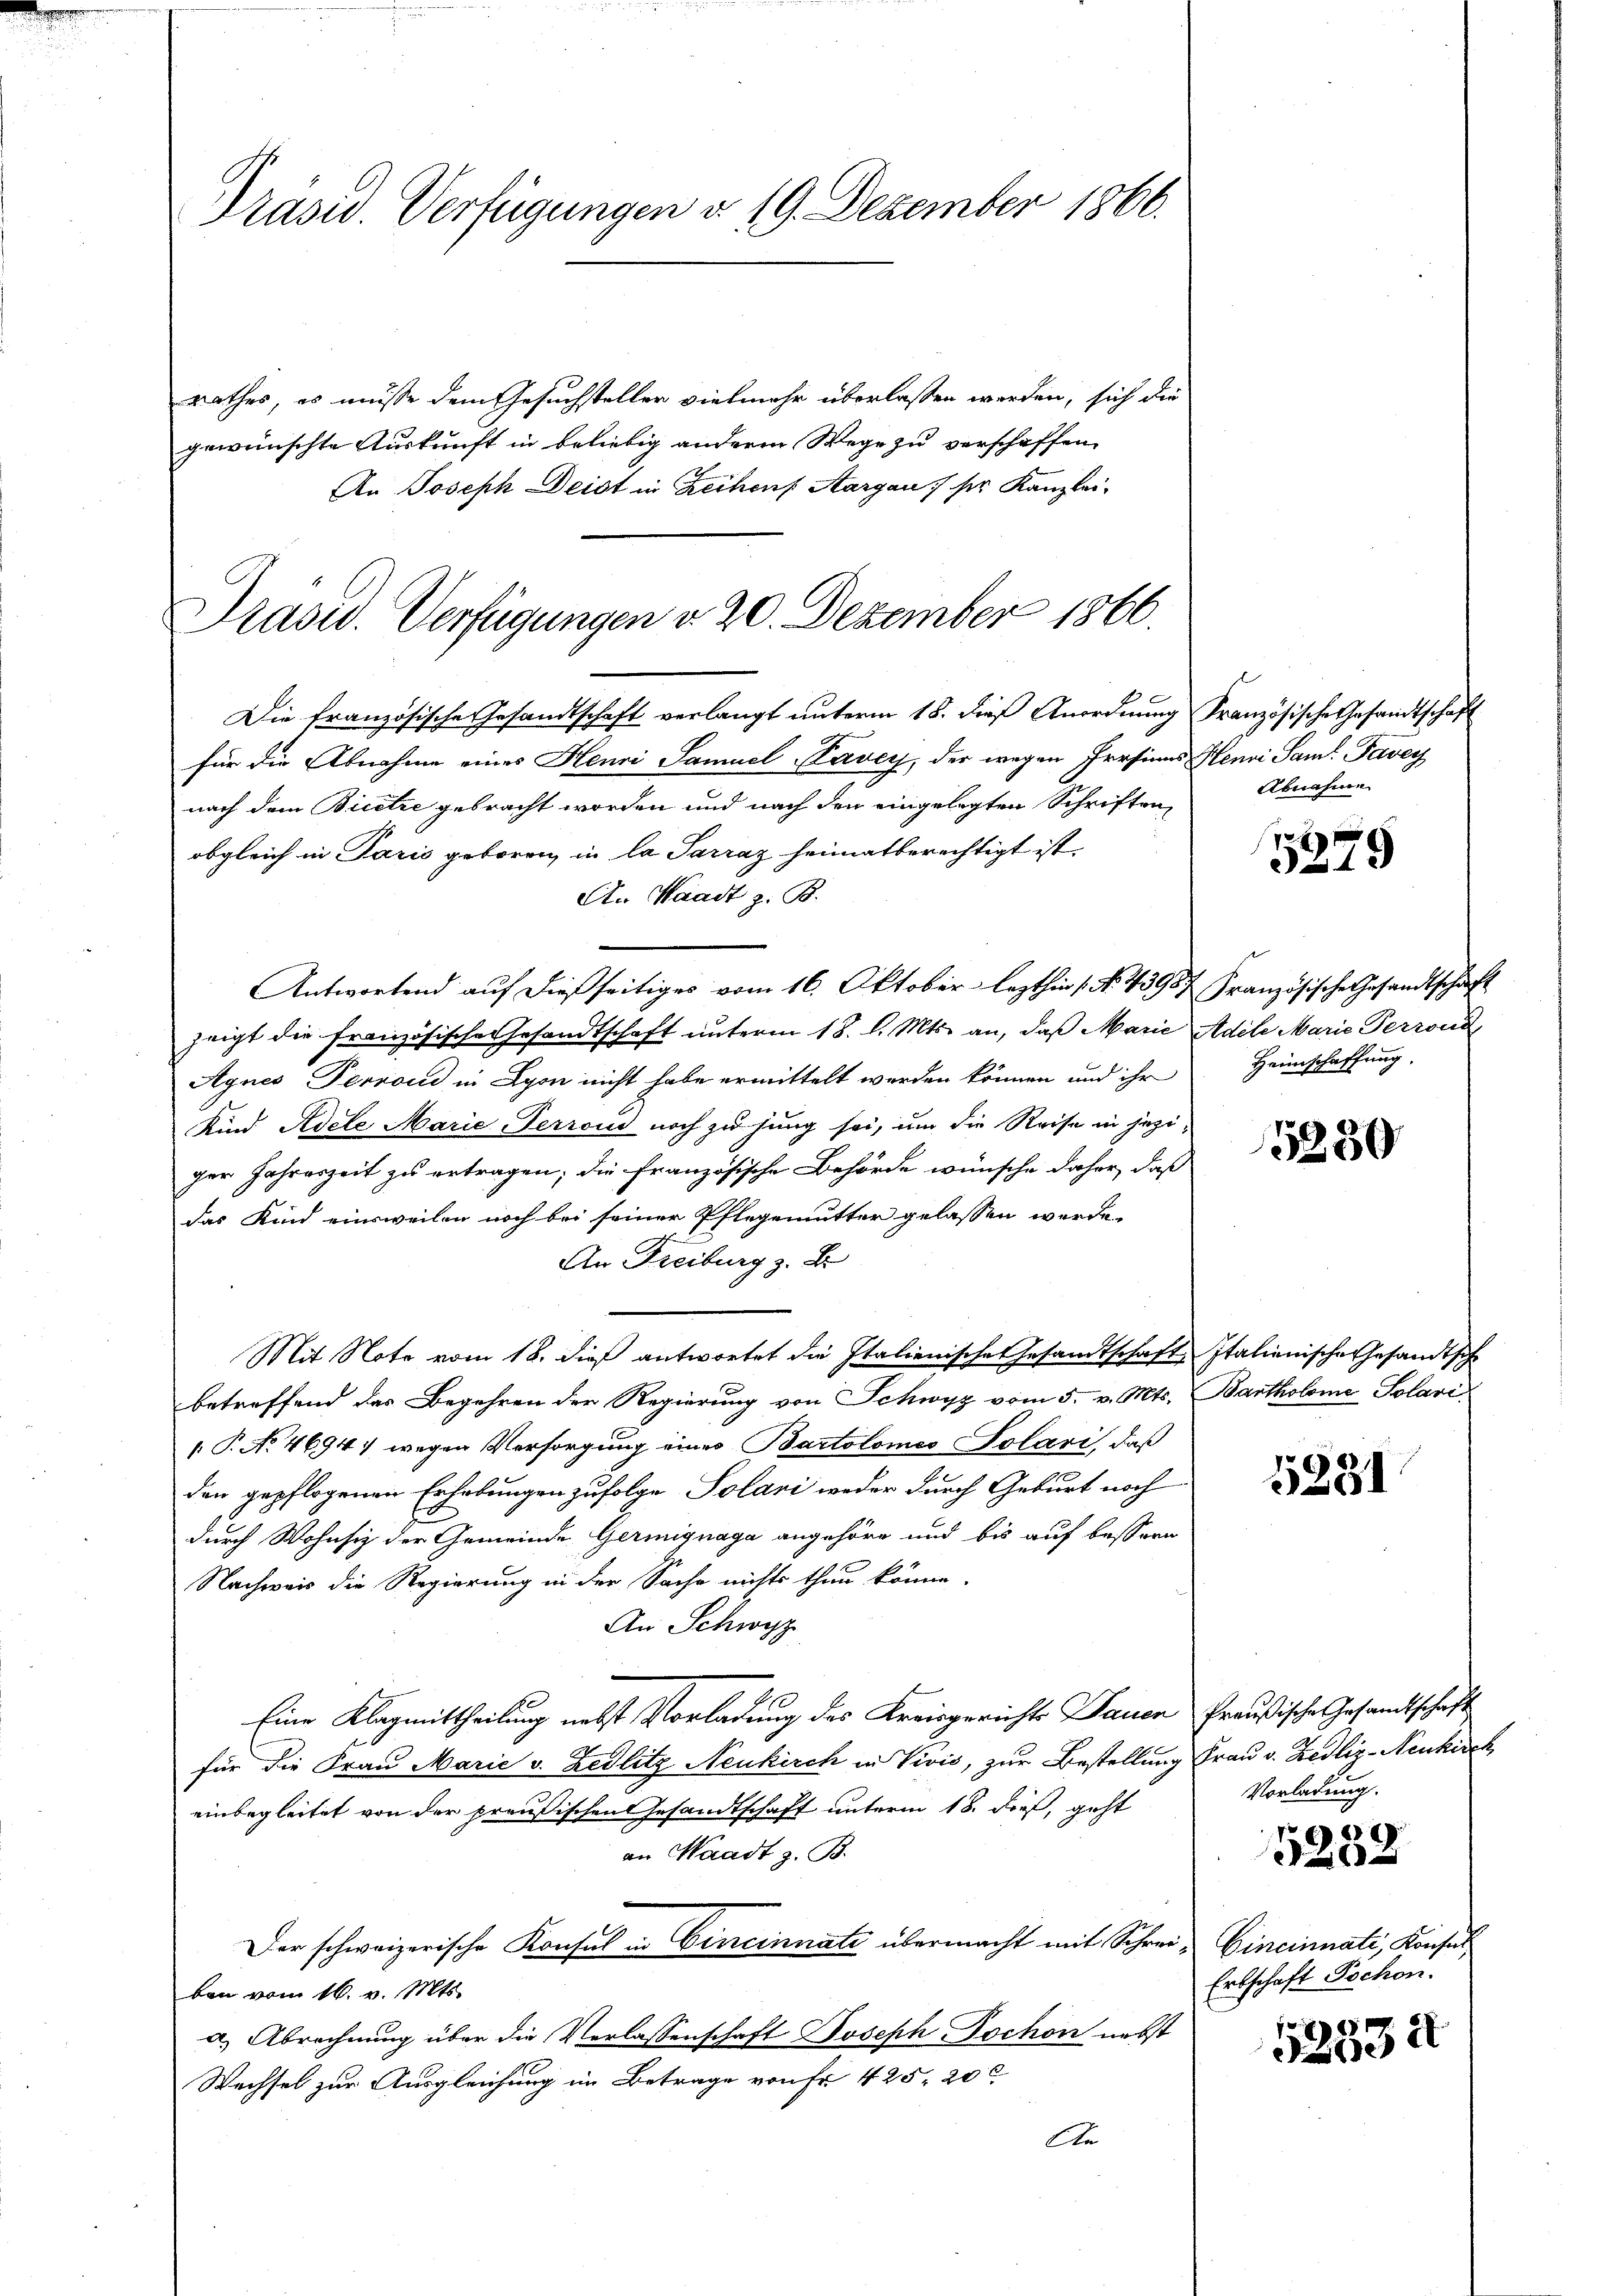
Präsid. Verfügungen d. 19. Dezember 1860.

rathes, es müsse dem Gesuchsteller vielmehr überlassen werden, sich die
gewünschte Auskunft in beliebig anderm Wege zu verschaffen,
An Joseph Deist in Reihens Aargau ser Kanzlei-

Präsid. Verfügungen v. 20. Dezember 1866.

Die französische Gesandtschaft verlangt unterm 18. dieß Anordnung Französische Gesandtschaft
für die Abnahme eines Henri Samuel Lavey, der wegen Persinns Henri Sam. Pavey
nach dem Bietze gebracht worden und nach den eingelegten Schriftenobgleich in Paris geboren, in la Parraz heimatberechtigt ist.
An Waadt z. B.
Antwortend auf dießseitiges vom 16. Oktober lezthin 1. No. 43957 Französische Gesandtschaft
zeigt die französische Gesandtschaft unterm 18. d. Mts. an, daß Marie Adele Marie Perrond
Agnes Terrond in Lyon nicht habe ermittelt werden können und ihr
Kind Adete Marie-Perroud noch zu jung sei, um die Reise in jeziger Jahreszeit zu ertragen; die französische Behörde wünsche daher, daß
das Kind einsweilen noch bei seiner Pflegemutter gelassen werde.
An Freiburg z. B.
Mit Note vom 18. dieß antwortet die Italienische Gesandtschaft, Italienische Gesandtsch
betreffend das Begehren der Regierung von Schwyz vom 5. v. Mts. Bartholome Solari
[P. No. 4694) wegen Versorgung eines Bartolomeo Solari, daß
den gepflogenen Erholungen zufolge Solani weder durch Geburt noch
durch Wohnsiz der Gemeinde Germignaga angehöre und bis auf bessern
Nachweis die Regierung in der Sache nichts thun könne.
An Schwyz
Eine Klagmittheilung nebst Vorladung des Kreisgerichte Dauer Preußische Gesandtschaft
für die Frau Marie v. Zedlitz Neukirch in Vivis, zur Bestellung Frau v. Redliz-Neukisch
einbegleitet von der preußischen Gesandtschaft unterm 18. dieß, geht
an Waadt z. B.
Der schweizerische Konsul in Cincinnati übermacht mit Schrei- Cincinnati, Konsul
ben vom 16. v. Mts.
a) Abrechnung über die Verlassenschaft Joseph Dochon nebst
Wechsel zur Ausgleichung im Betrage von Fr. 425. 200
An

Abnahme

5279

Heimschaffung.

5250

5381

Vorladung.

1
20

Erbschaft Tochen.

52834